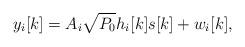
LaTeX: \begin{align*}y_i[k]= A_i \sqrt{P_0}h_i[k]s[k]+w_i[k],\end{align*}